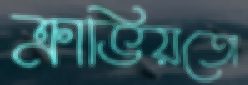
ক্রাভিয়তো